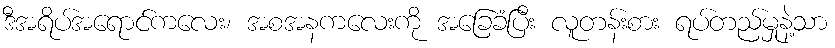
ဒီအရိပ်အရောင်ကလေး၊ အစအနကလေးကို အခြေခံပြီး လူတန်းစား ရပ်တည်မှုနဲ့သာ